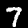
Digit: 7